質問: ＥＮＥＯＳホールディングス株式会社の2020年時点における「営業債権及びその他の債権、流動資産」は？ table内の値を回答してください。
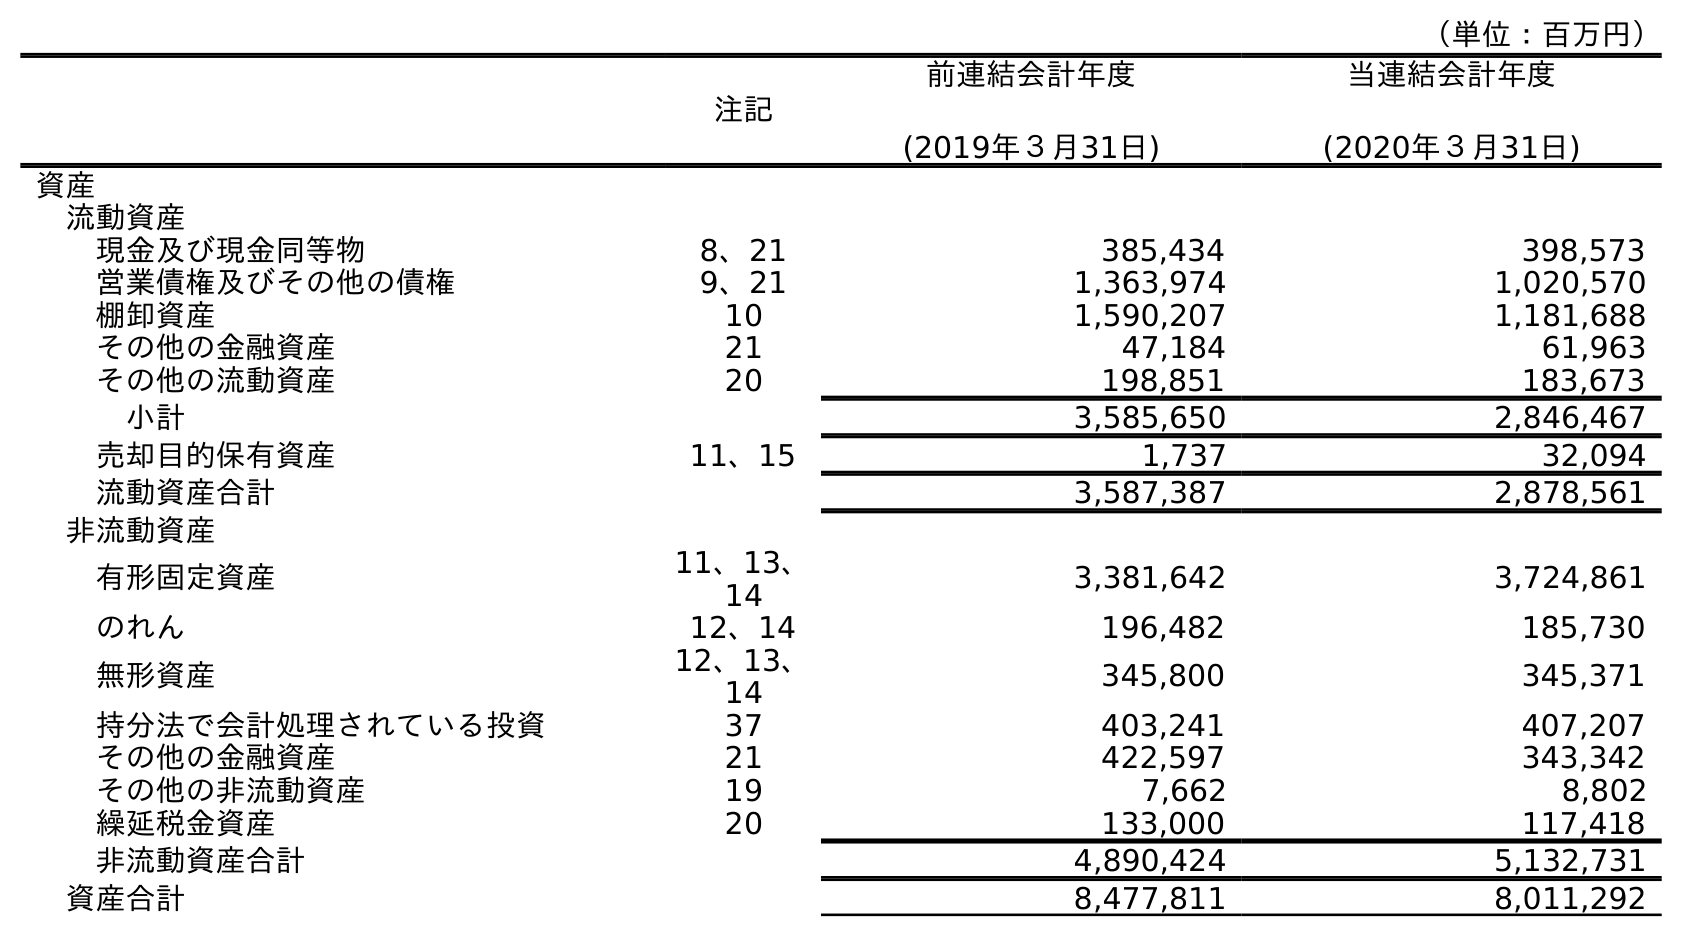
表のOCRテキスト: （単位：百万円） 注記 前連結会計年度 (2019年３月31日) 当連結会計年度 (2020年３月31日) 資産 流動資産 現金及び現金同等物 8、21 385,434 398,573 営業債権及びその他の債権 9、21 1,363,974 1,020,570 棚卸資産 10 1,590,207 1,181,688 その他の金融資産 21 47,184 61,963 その他の流動資産 20 198,851 183,673 小計 3,585,650 2,846,467 売却目的保有資産 11、15 1,737 32,094 流動資産合計 3,587,387 2,878,561 非流動資産 有形固定資産 11、13、 14 3,381,642 3,724,861 のれん 12、14 196,482 185,730 無形資産 12、13、 14 345,800 345,371 持分法で会計処理されている投資 37 403,241 407,207 その他の金融資産 21 422,597 343,342 その他の非流動資産 19 7,662 8,802 繰延税金資産 20 133,000 117,418 非流動資産合計 4,890,424 5,132,731 資産合計 8,477,811 8,011,292
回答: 1,020,570